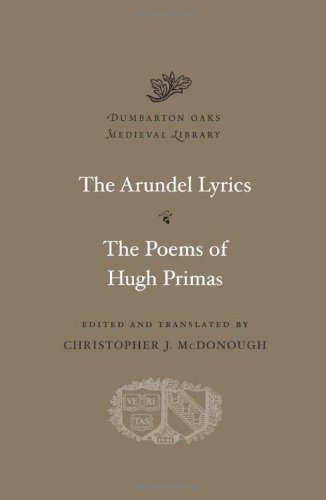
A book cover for The Arundel Lyrics. The Poems of Hugh Primas (Dumbarton Oaks Medieval Library); Literature & Fiction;